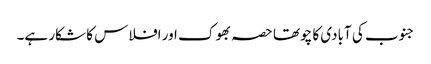
جنوب کی آبادی کا چوتھا حصہ بھوک اور افلاس کا شکار ہے۔